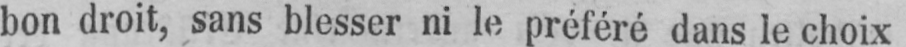
bon droit, sans blesser ni le préféré dans le choix